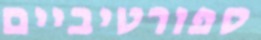
ספורטיביים